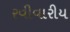
રવીવારીય